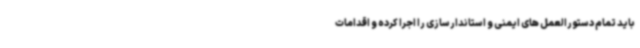
باید تمام دستورالعمل های ایمنی و استاندارسازی را اجرا کرده و اقدامات